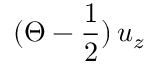
( \Theta - \frac { 1 } { 2 } ) \, u _ { z }